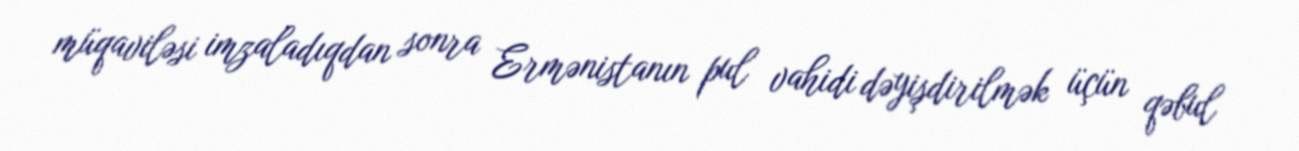
müqaviləsi imzaladıqdan sonra Ermənistanın pul vahidi dəyişdirilmək üçün qəbul